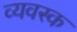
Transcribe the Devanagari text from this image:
व्यवस्क